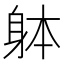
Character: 躰